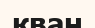
кваң